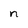
Character: n